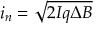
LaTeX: i _ { n } = { \sqrt { 2 I q \Delta B } }